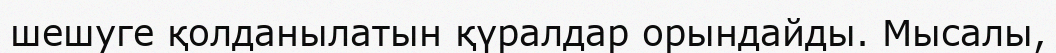
шешуге қолданылатын қүралдар орындайды. Мысалы,